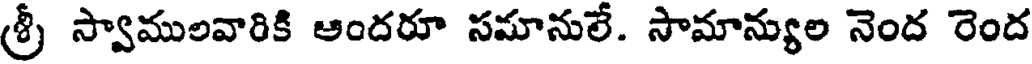
శ్రీ స్వాములవారికి ఆందరూ సమానులే. సామాన్యుల నెంద రెంద